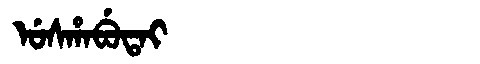
Manchu: ᡠᠰᡥᠠᠪᡠᡨᠠᡳ
Romanization: USHABUTAI